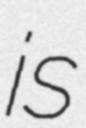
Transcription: is